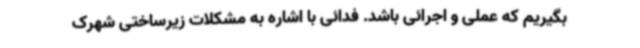
بگیریم که عملی و اجرائی باشد. فدائی با اشاره به مشکلات زیرساختی شهرک